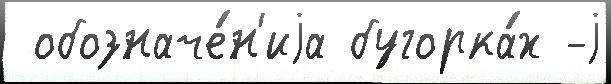
 обозначе́н'иjа бугорка́х -j